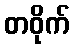
တဝိုက်